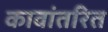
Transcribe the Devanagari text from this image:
कावांतरित